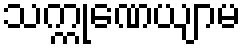
သက္ကုဏေယျာမ